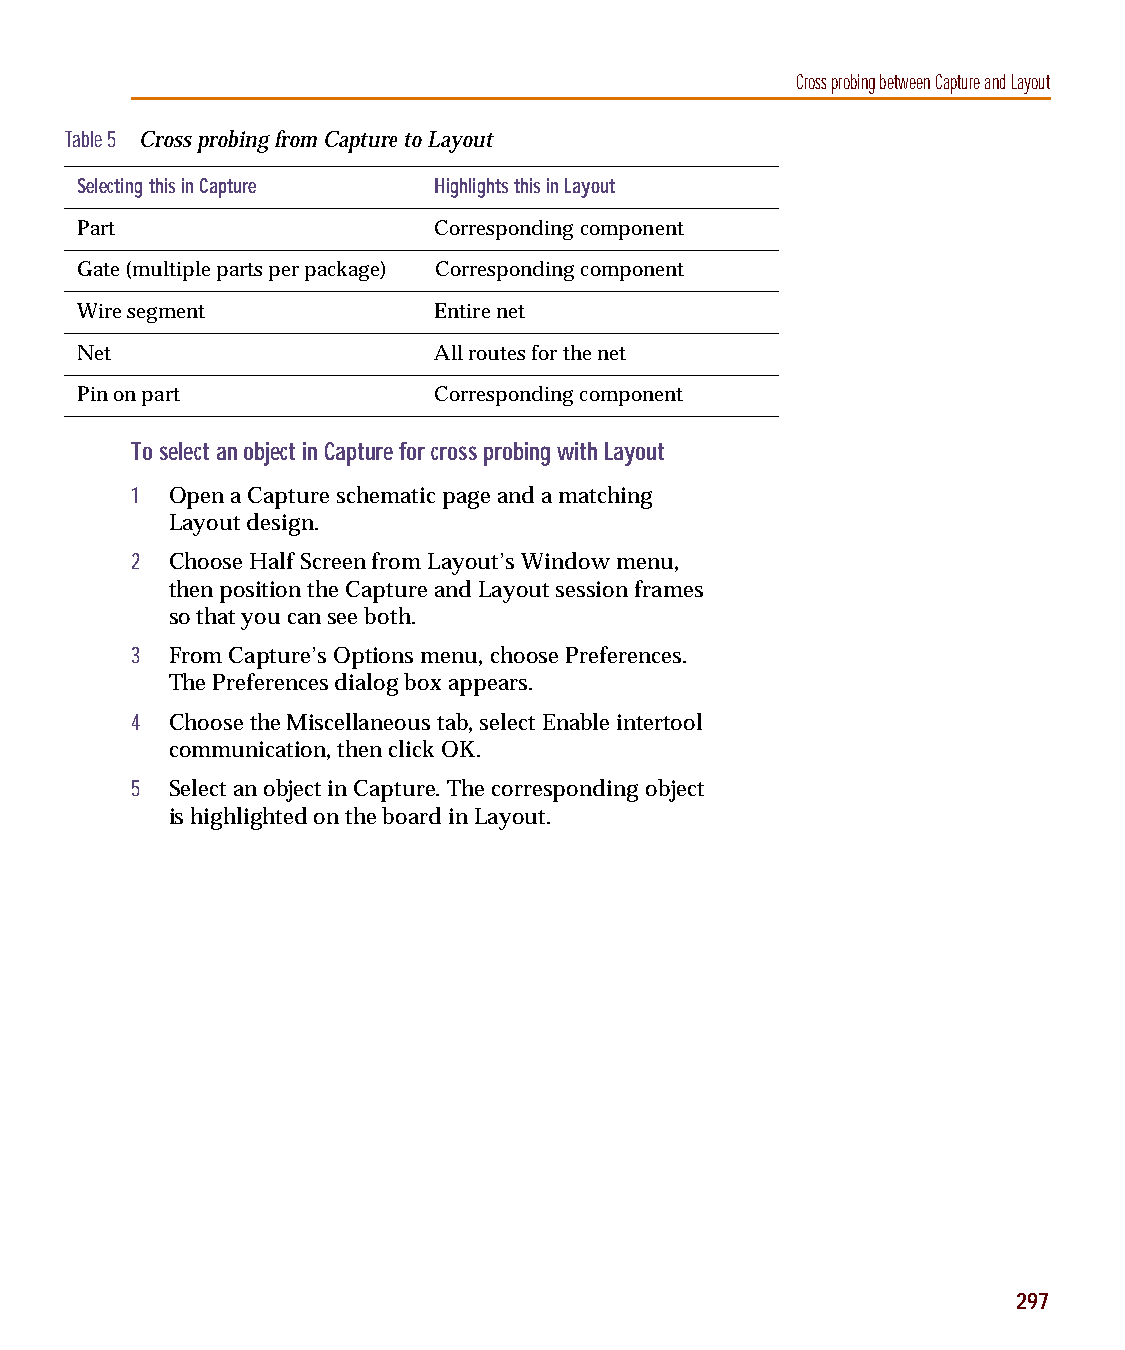
capug.book Page 297 Thursday, November 12, 1998 3:38 PM
 Cross probing between Capture and Layout
 Table 5 Cross probing from Capture to Layout
 Selecting this in Capture Highlights this in Layout
 Part                    Corresponding component
 Gate (multiple parts per package) Corresponding component
 Wire segment            Entire net
 Net                     All routes for the net
 Pin on part             Corresponding component
 To select an object in Capture for cross probing with Layout
 1 Open a Capture schematic page and a matching
 Layout design.
 2 Choose Half Screen from Layout’s Window menu,
 then position the Capture and Layout session frames
 so that you can see both.
 3 From Capture’s Options menu, choose Preferences.
 The Preferences dialog box appears.
 4 Choose the Miscellaneous tab, select Enable intertool
 communication, then click OK.
 5 Select an object in Capture. The corresponding object
 is highlighted on the board in Layout.
 297